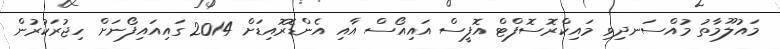
މައުލޫމާތު މުއްސަނދިވި މައިކްރޮސޮފްޓް އޮފީސް އައިއޯސް އާއި އެންޑޮރޮއިޑަށް 2014 ގައިއައިފޯނަށް ހިޖުރަކުރުން